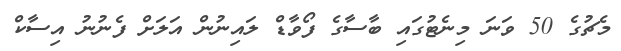
މެޗުގެ 50 ވަނަ މިނެޓުގައި ބާސާގެ ފޯވާޑް ލައިނުން އަލަށް ފެނުނު އިސާކް